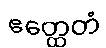
ဧတ္ထေတံ